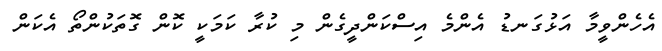
އެހެންވީމާ އަޅުގަނޑު އެންމެ އިސްކަންދީގެން މި ކުރާ ކަމަކީ ކޮން ގޮތަކުންތޯ އެކަން